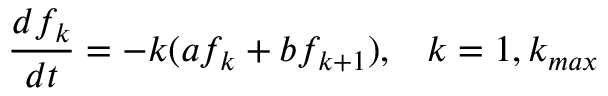
\frac { d f _ { k } } { d t } = - k ( a f _ { k } + b f _ { k + 1 } ) , \; \; \; k = 1 , k _ { m a x }